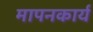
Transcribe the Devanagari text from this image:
मापनकार्य